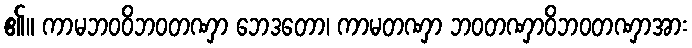
၏။ ကာမဘဝဝိဘဝတဏှာ ဘေဒတော၊ ကာမတဏှာ ဘဝတဏှာဝိဘဝတဏှာအား